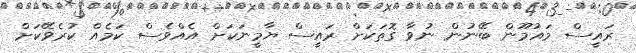
ރައީސް މައުމޫން ބޭނުން ނުވާ ގޮތަކަށް ރައީސް ޔާމީނަކަށް އެއްވެސް ކަމެއް ކުރެވޭކަށް